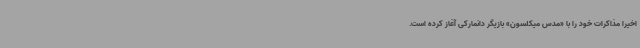
اخیرا مذاکرات خود را با «مدس میکلسون» بازیگر دانمارکی آغاز کرده است.